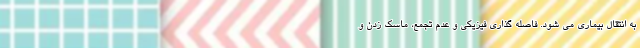
به انتقال بیماری می شود. فاصله گذاری فیزیکی و عدم تجمع، ماسک زدن و